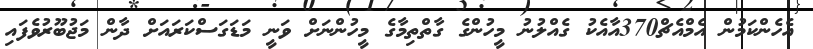
އެހެންކަމުން އެމްއެޗް370އާއެކު ގެއްލުނު މީހުންގެ ގާތްތިމާގެ މީހުންނަށް ވަނީ މަޑަގަސްކަރައަށް ދާން މަޖުބޫރުވެފައި